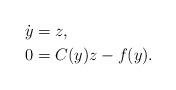
LaTeX: \begin{align*}\dot y &= z, \\0 &= C(y)z-f(y).\end{align*}